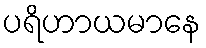
ပရိဟာယမာနေ